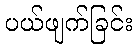
ပယ်ဖျက်ခြင်း